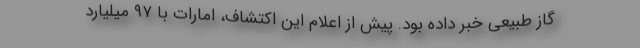
گاز طبیعی خبر داده بود. پیش از اعلام این اکتشاف، امارات با ۹۷ میلیارد